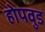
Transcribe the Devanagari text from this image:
होपवुड